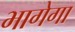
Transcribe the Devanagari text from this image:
भागेगा